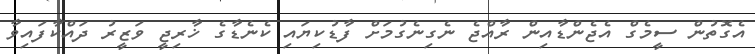
އެގޮތުން ސީމެގް އެޖެންޑާއިން ރާއްޖެ ނެގިނެގުމަށް ފާޑުކިޔައި ކެނެޑާގެ ޚާރިޖީ ވަޒީރު ދައްކާފައިވާ